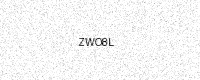
Text: ZWO8L